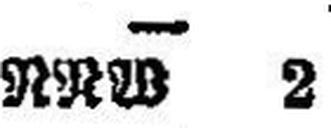
RRW 2